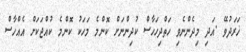
ޚަރަދުވޭ .އަދި މިދެންނެވި ހަތްދިހަހާސް ކުދިންނަށް ކޮންމެ މަހަކު ކޮންމެ ކުއްޖަކަށް އެއްހާސް